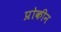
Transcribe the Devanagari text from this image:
प्रोकीन